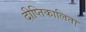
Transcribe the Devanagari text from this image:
दीप्तिकालिता